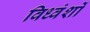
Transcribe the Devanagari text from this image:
विध्वंशों